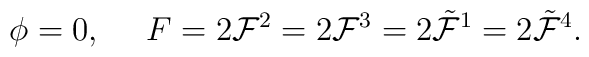
\phi=0,\ \ \ \ F=2{\cal F}^2=2{\cal F}^3=2\tilde{\cal F}^1=2\tilde{\cal F}^4.